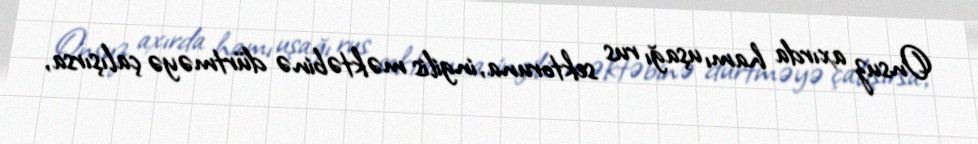
Onsuz axırda hamı uşağı rus sektoruna, ingilis məktəbinə dürtməyə çalışırsa,